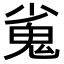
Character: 𮫝